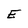
Character: E